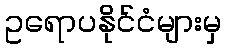
ဥရောပနိုင်ငံများမှ